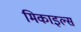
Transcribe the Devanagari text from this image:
मिकाइल्स